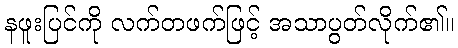
နဖူးပြင်ကို လက်တဖက်ဖြင့် အသာပွတ်လိုက်၏။